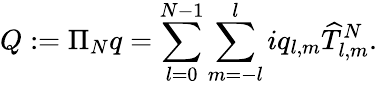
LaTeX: Q:=\Pi_{N}q=\sum_{l=0}^{N-1}\sum_{m=-l}^{l}iq_{l,m}\widehat{T}_{l,m}^{N}.